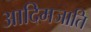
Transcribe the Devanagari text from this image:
आदिमजाति